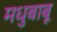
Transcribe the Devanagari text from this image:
मधुबाबू